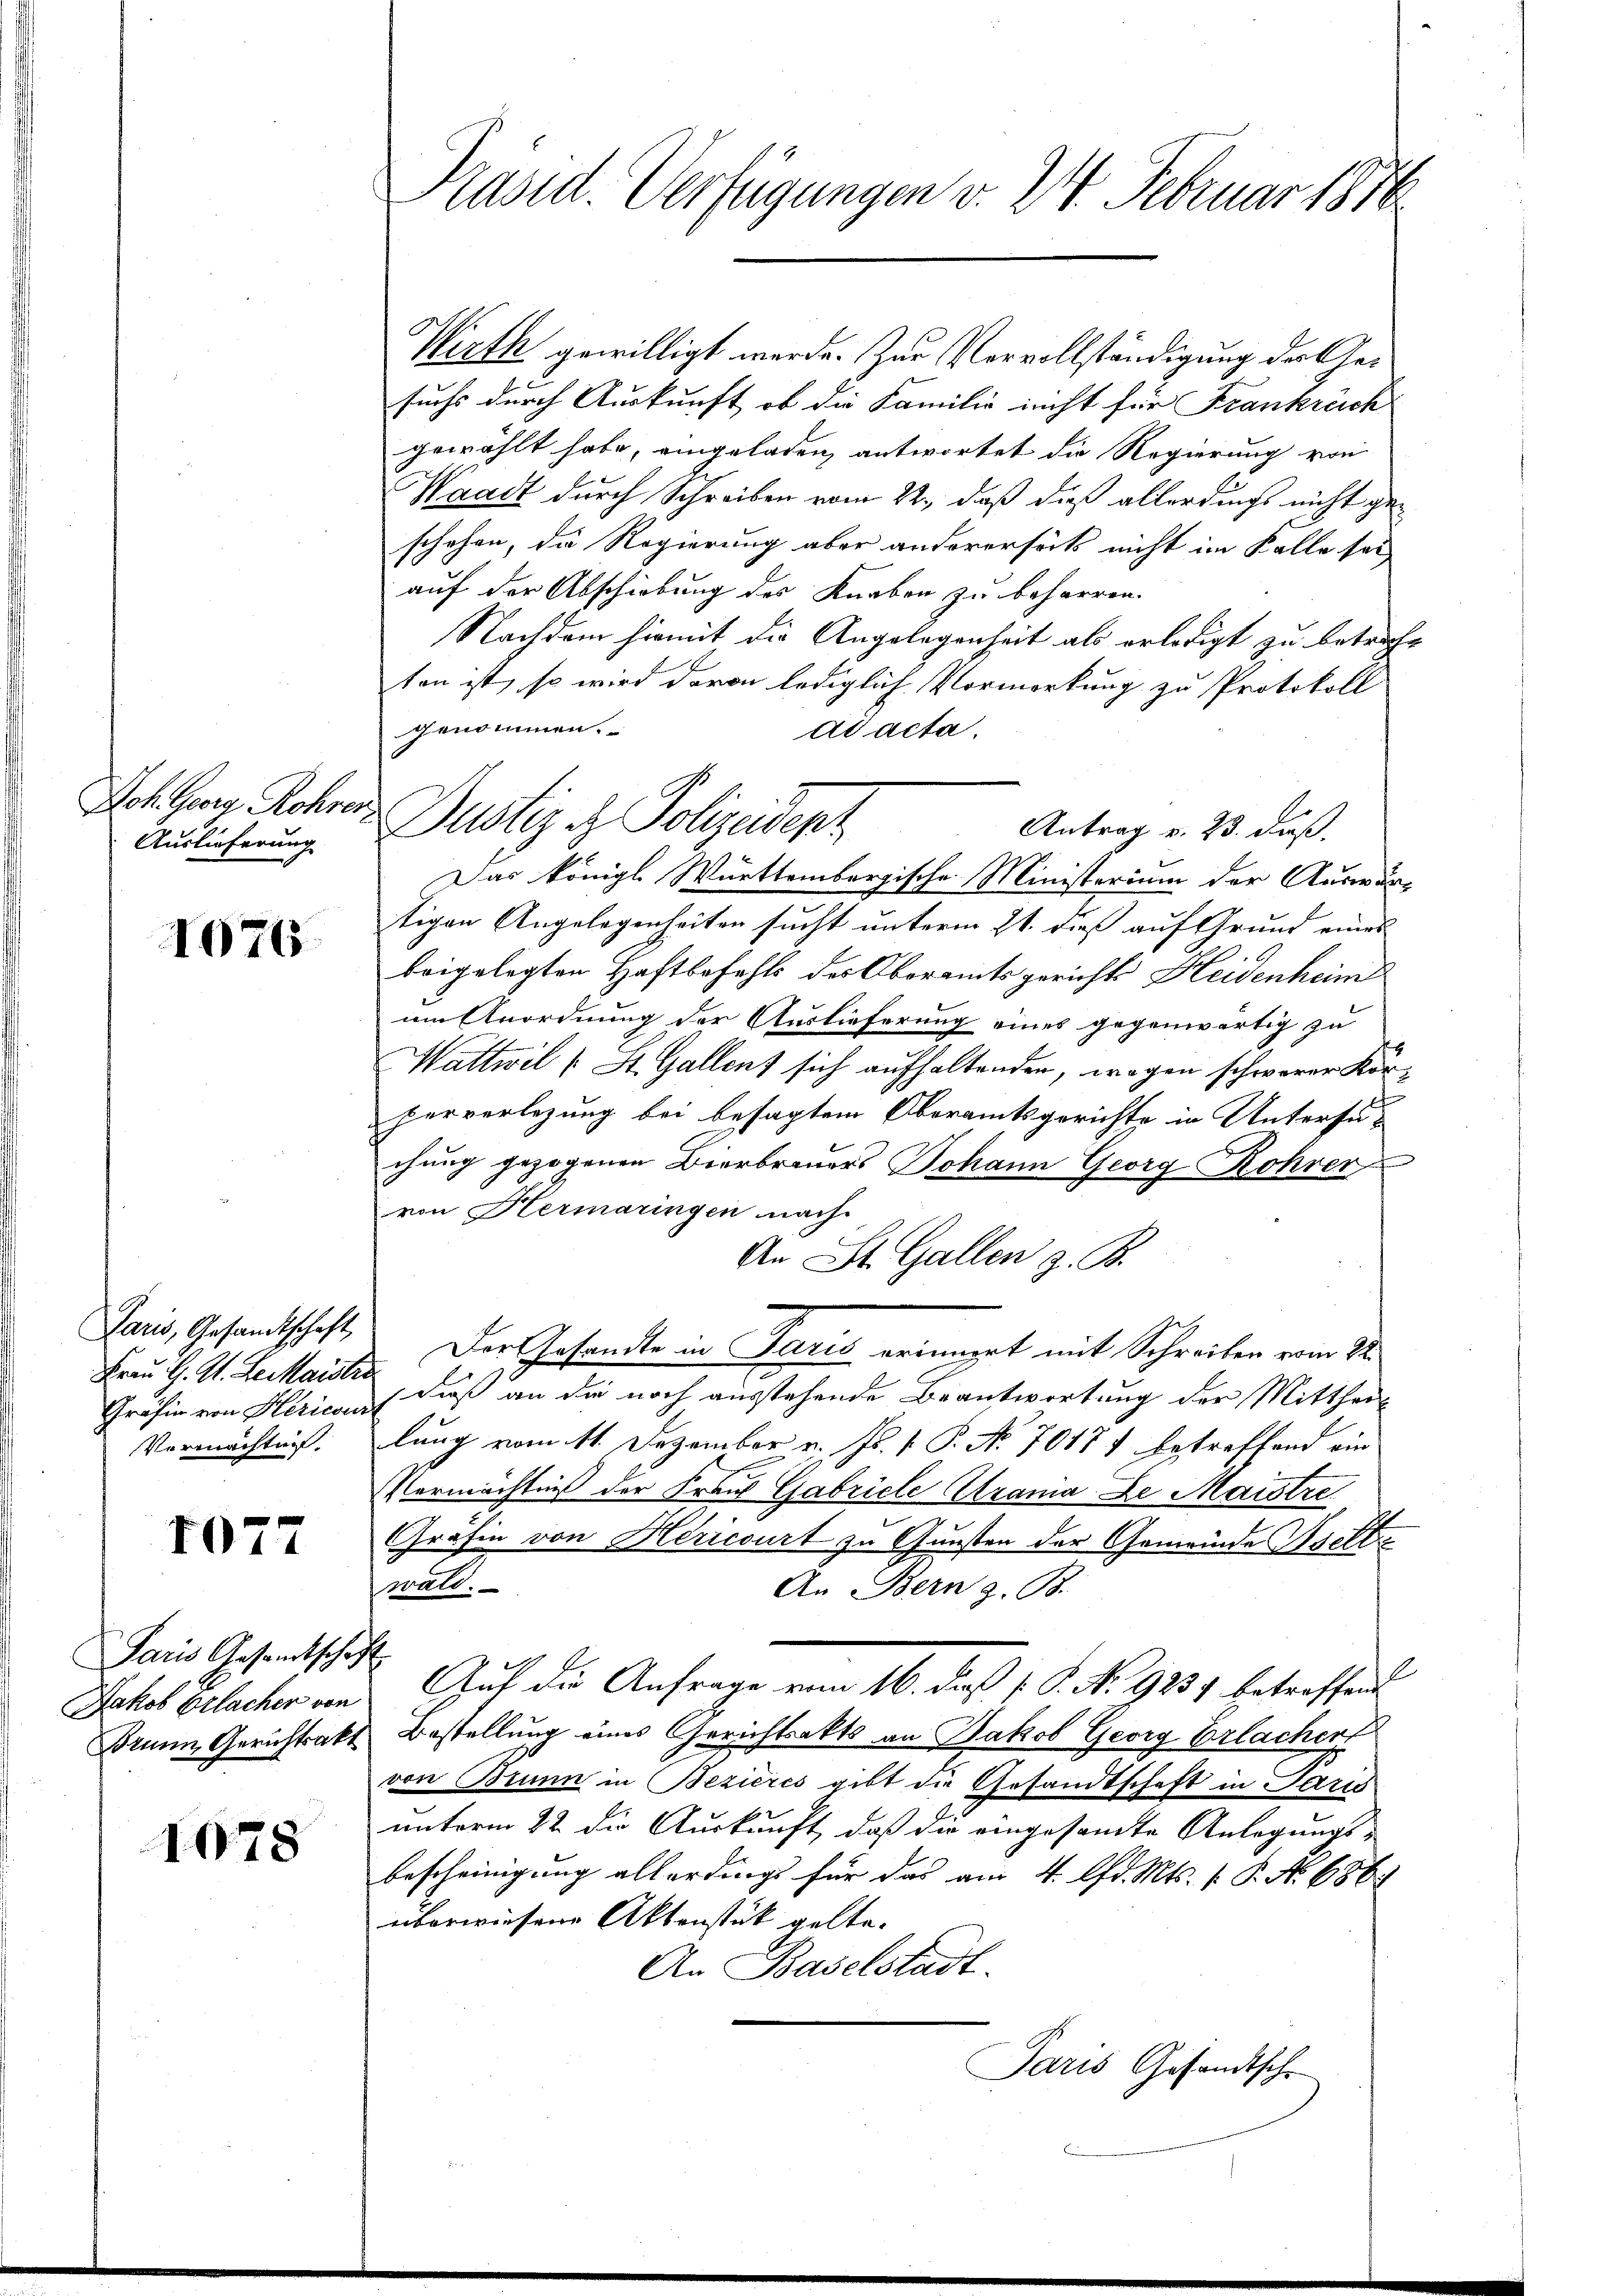
Joh. Georg Rohrer
Auslieferung

1076.

Paris, Gesandtschaft,
Frau G. St. Le maistr
Gräfin von Hérieur
Vermächtnis.

1077

Paris Gesandtschaft
Jakob Erlacher von
Brunn Gerichtsakt

1078

Präsid. Verfügungen v. 24. Februar 1816

Dustiz & Polizeidenz

Wirth gewilligt werde. Zur Vervollständigung der Gesuchs durch Auskunft, ob die Familie nicht für Frankreich
gewählt habe, eingeladen, antwortet die Regierung von
Waadt durch Schreiben vom 22., daß dieß allerdings nicht geschehen, die Regierung aber andererseits nicht im Kalle sei
auf der Abschiebung des Knaben zu beharren.
Nachdem hiemit die Angelegenheit als erledigt zu betracht
ten ist, so wird davon lediglich Vormerkung zu Protokoll
genommen.
ad acta.
Antrag v. 23. daß.
Das königl. Württembergische Ministerium der Auswärtigen Angelegenheiten sucht unterm 21. dieß auf Grund eines
beigelegten Haftbefahls des Oberamtsgerichts Heidenheim
um Anordnung der Auslieferung eines gegenwärtig zu
Wattwil u St. Gallent sich aufhaltenden, wegen schwerer Körperverlegung bei besagtem Oberamtsgerichte in Untersu
chung gezogenen Bierbrauers Johann Georg Rohrer
von Hermaringen nach
An St. Gallen z. B.
Der Gesandte in Paris erinnget mit Schreiben vom 22.
dieß an die noch ausstehende Beantwortung der Mittheil
lung vom 11. Dezember v. Js. v. P. Nr. 70177 betreffend ein
Vermächtniß der Frau Gabricle Altrama De Maistre
Gräfin von Hericourt zu Gunsten der Gemeinde Belle
wald.
An Bern z. B.
Auf die Anfrage vom 16. daß P. P. No 9257 betreffend
Bestellung eines Gerichtsakts an Jakob Georg Erlachen
von Brunn in Bezieres gibt die Gesandtschaft in Paris
unterm 22 die Auskunft, daß die eingesamte Anlegungs-
bescheinigung allerdings für das am 4. lfd. Mts. P. No 686.
überwiesene Aktenstück gelte.
An Baselstadt
Paris Gesandtsche